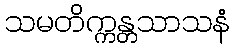
သမတိက္ကန္တသာသနံ